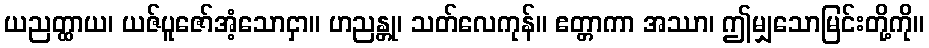
ယညတ္ထာယ၊ ယဇ်ပူဇော်အံ့သောငှာ။ ဟညန္တု၊ သတ်လေကုန်။ ဧတ္တာကာ အဿာ၊ ဤမျှသောမြင်းတို့ကို။